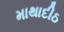
માથાદીઠ